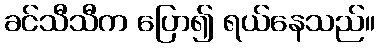
ခင်သီသီက ပြော၍ ရယ်နေသည်။